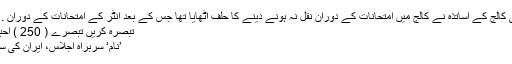
چند ماہ قبل اسی کالج کے اساتذہ نے کالج میں امتحانات کے دوران نقل نہ ہونے دینے کا حلف اٹھایا تھا جس کے بعد انٹر کے امتحانات کے دوران . . . مکمل بلاگ
تبصرہ کریں تبصرے ( 250 ) احباب کو بھیجئے
’نام‘ سربراہ اجلاس، ایران کی سفارتی کامیابی؟